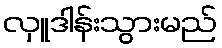
လှူဒါန်းသွားမည်